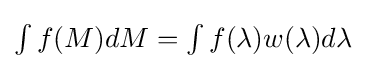
{\textstyle \int f(M)dM=\int f(\lambda )w(\lambda )d\lambda }